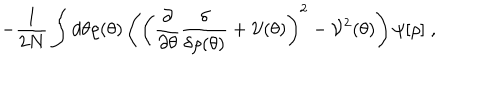
- \frac { 1 } { 2 N } \int d \theta \rho ( \theta ) \left( \left( \frac { \partial } { \partial \theta } \frac { \delta } { \delta \rho ( \theta ) } + { \cal V } ( \theta ) \right) ^ { 2 } - { \cal V } ^ { 2 } ( \theta ) \right) \psi [ \rho ] \; ,